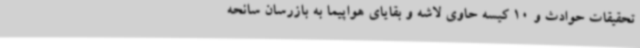
تحقیقات حوادث و 10 کیسه حاوی لاشه و بقایای هواپیما به بازرسان سانحه